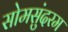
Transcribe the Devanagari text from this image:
सोमसुंदरम